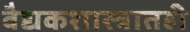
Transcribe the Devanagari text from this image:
वैद्यकशास्त्रातही